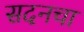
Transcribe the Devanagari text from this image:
सदनचा